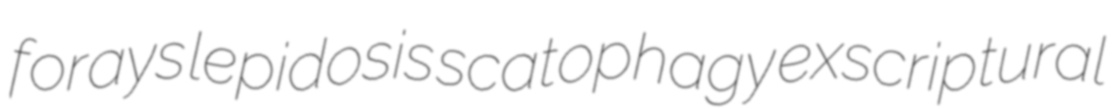
forays lepidosis scatophagy exscriptural